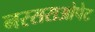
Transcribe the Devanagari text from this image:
नरसराओपेट